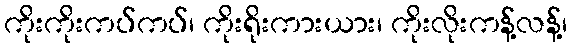
ကိုးကိုးကပ်ကပ်၊ ကိုးရိုးကားယား၊ ကိုးလိုးကန့်လန့်၊